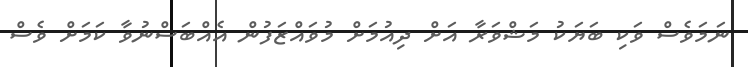
ނަމަވެސް ވަކި ބަޔަކު މަޝްވަރާ އަށް ދިއުމަށް މުވައްޒަފުން އެއްބަސްނުވާ ކަމަށް ވެސް